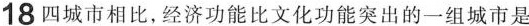
18 四城市相比，经济功能比文化功能突出的一组城市是